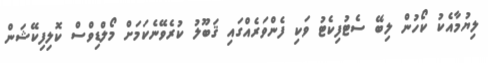
ލިޔުމާއެކު ކޯހުން ލިބޭ ސެޓުފިކެޓު ވަކި ފެންވަރެއްގައި ޤަބޫލު ކުރެވޭނެކަމަށް މޯލްޑިވްސް ކޮލިފިކޭޝަން